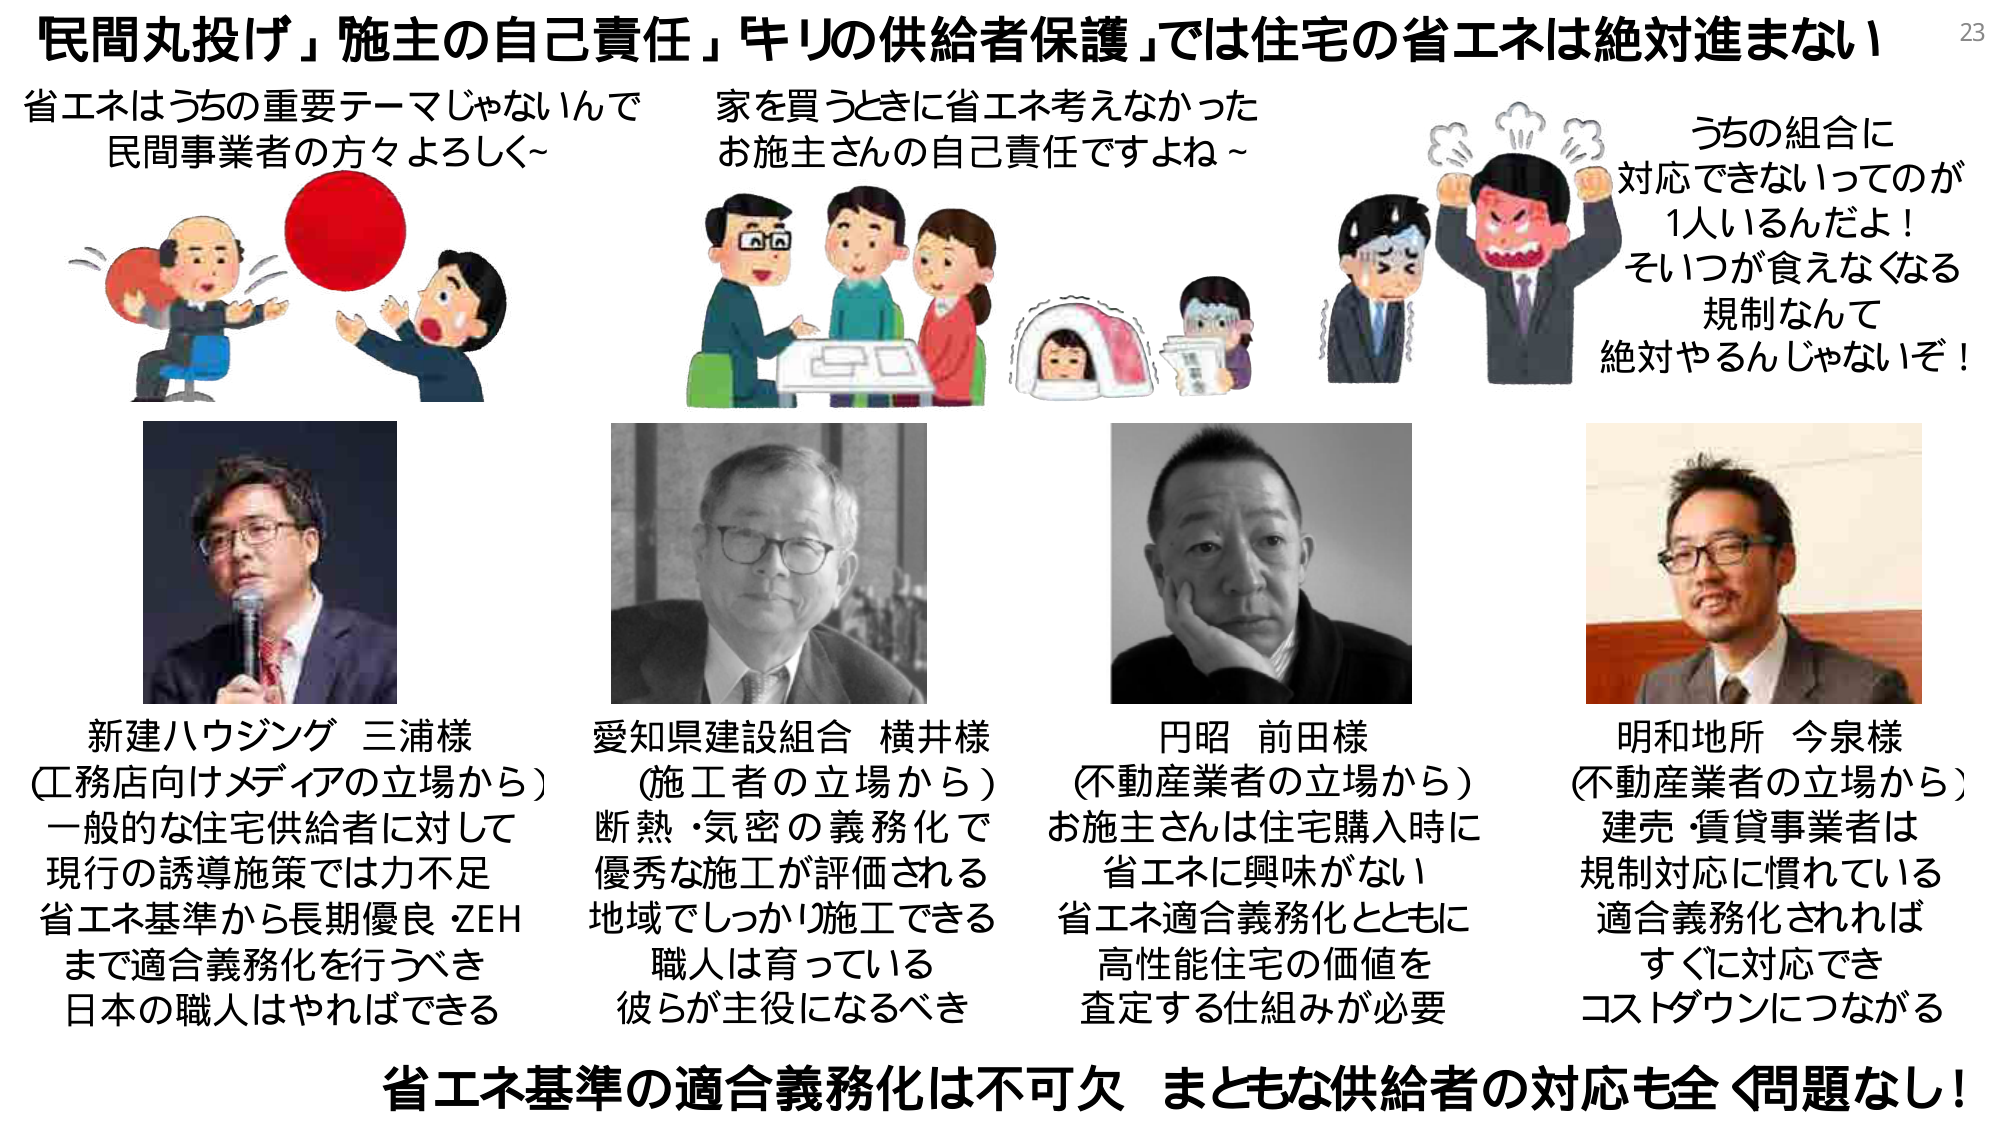
「民間丸投げ」「施主の自己責任」「キリの供給者保護」では住宅の省エネは絶対進まない

省エネはうちの重要テーマじゃないんで
民間事業者の方々よろしく～

家を買うときに省エネ考えなかった
お施主さんの自己責任ですよね～

うちの組合に
対応できないってのが
1人いるんだよ！
そいつが食えなくなる
規制なんて
絶対やるんじゃないぞ！

新建ハウジング 三浦様
（工務店向けメディアの立場から）
一般的な住宅供給者に対して
現行の誘導施策では力不足
省エネ基準から長期優良・ZEH
まで適合義務化を行うべき
日本の職人はやればできる

愛知県建設組合 横井様
（施工者の立場から）
断熱・気密の義務化で
優秀な施工が評価される
地域でしっかり施工できる
職人は育っている
彼らが主役になるべき

円昭 前田様
（不動産業者の立場から）
お施主さんは住宅購入時に
省エネに興味がない
省エネ適合義務化とともに
高性能住宅の価値を
査定する仕組みが必要

明和地所 今泉様
（不動産業者の立場から）
建売・賃貸事業者は
規制対応に慣れている
適合義務化されれば
すぐに対応でき
コストダウンにつながる

省エネ基準の適合義務化は不可欠 まともな供給者の対応も全く問題なし！

23